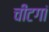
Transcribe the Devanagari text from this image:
चीटगां